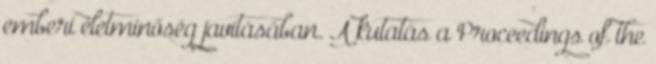
emberi életminőség javításában. A kutatás a Proceedings of the